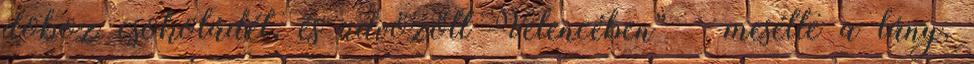
doboz csokoládét, és üdvözölt Velencében” – mesélte a lány,